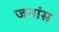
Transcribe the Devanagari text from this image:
जनांस